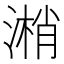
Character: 𣻘